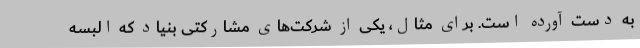
به دست آورده است. برای مثال، یکی از شرکت‌های مشارکتی بنیاد که البسه